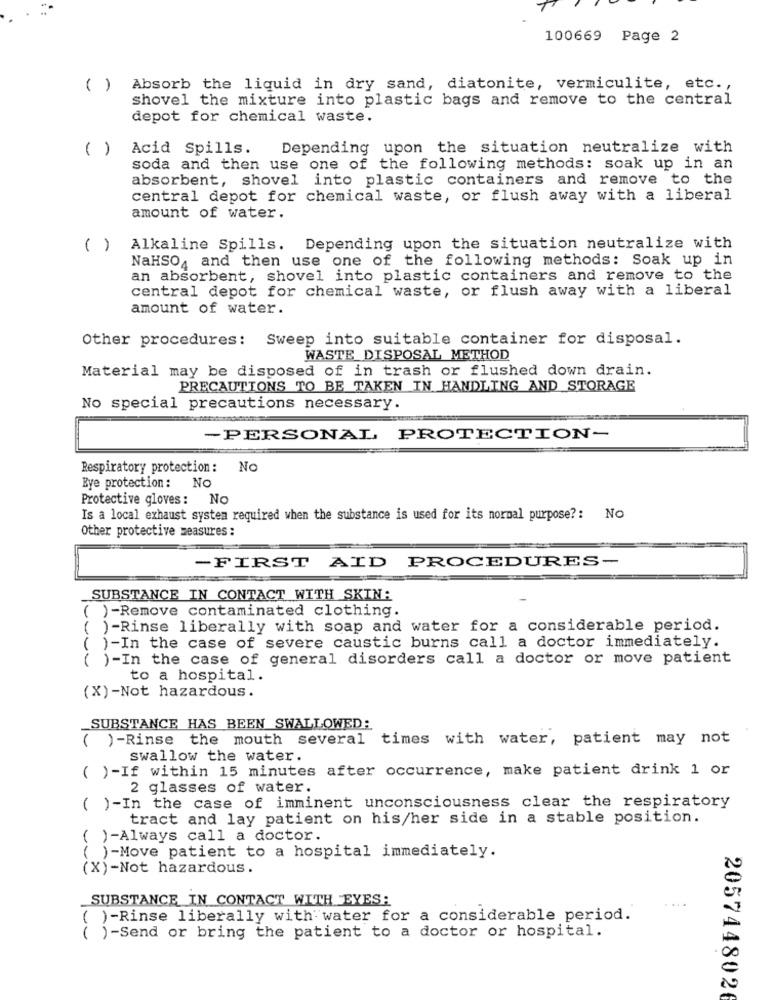
100669 Page 2
( ) Absorb the liquid in dry sand, diatonite, vermiculite, etc .,
shovel the mixture into plastic bags and remove to the central
depot for chemical waste.
( )
Acid Spills.
Depending upon the situation neutralize with
soda and then use one of the following methods: soak up in an
absorbent, shovel into plastic containers and remove to the
central depot for chemical waste, or flush away with a liberal
amount of water.
( )
Alkaline Spills. Depending upon the situation neutralize with
NaHSO, and then use one of the following methods: Soak up in
an absorbent, shovel into plastic containers and remove to the
central depot for chemical waste, or flush away with a liberal
amount of water.
Other procedures: Sweep into suitable container for disposal.
WASTE DISPOSAL METHOD
Material may be disposed of in trash or flushed down drain.
PRECAUTIONS TO BE TAKEN IN HANDLING AND STORAGE
No special precautions necessary.
-PERSONAL PROTECTION-
Respiratory protection: No
Eye protection: No
Protective gloves: No
Is a local exhaust system required when the substance is used for its normal purpose ?: No
Other protective measures :
-FIRST AID PROCEDURES-
SUBSTANCE IN CONTACT WITH SKIN:
( )-Remove contaminated clothing.
( ) -Rinse liberally with soap and water for a considerable period.
( )-In the case of severe caustic burns call a doctor immediately.
( )-In the case of general disorders call a doctor or move patient
to a hospital.
(X)-Not hazardous.
SUBSTANCE HAS BEEN SWALLOWED:
( )-Rinse the mouth several times with water, patient may not
swallow the water.
( )-If within 15 minutes after occurrence, make patient drink 1 or
2 glasses of water.
( )-In the case of imminent unconsciousness clear the respiratory
tract and lay patient on his/her side in a stable position.
( )-Always call a doctor.
( )-Move patient to a hospital immediately.
(X)-Not hazardous.
SUBSTANCE IN CONTACT WITH EYES:
( )-Rinse liberally with water for a considerable period.
( )-Send or bring the patient to a doctor or hospital.
2057448026